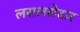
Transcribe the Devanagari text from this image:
लसलसेदार